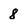
Character: 8